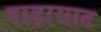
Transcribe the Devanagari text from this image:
बाड़ासाट